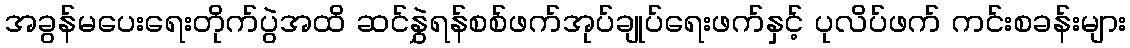
အခွန်မပေးရေးတိုက်ပွဲအထိ ဆင်နွှဲရန်စစ်ဖက်အုပ်ချုပ်ရေးဖက်နှင့် ပုလိပ်ဖက် ကင်းစခန်းများ